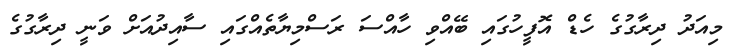
މިއަދު ދިރާގުގެ ހެޑް އޮފީހުގައި ބޭއްވި ހާއްސަ ރަސްމިޔާތެއްގައި ސާއިދުއަށް ވަނީ ދިރާގުގެ